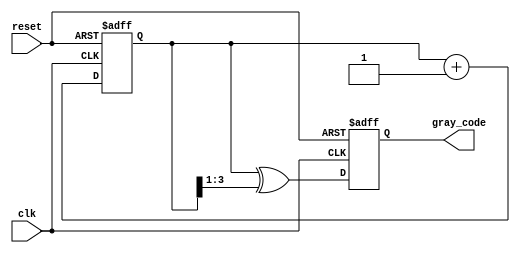
module gray_code_counter #(parameter n = 4) (
    input wire clk,
    input wire reset,
    output reg [n-1:0] gray_code
);

    // Internal binary counter
    reg [n-1:0] binary_counter;

    // Always block for synchronous operation
    always @(posedge clk or posedge reset) begin
        if (reset) begin
            // Initialize both binary counter and gray code to zero
            binary_counter <= 0;
            gray_code <= 0;
        end else begin
            // Increment binary counter
            binary_counter <= binary_counter + 1;
            // Convert binary to Gray code
            gray_code <= binary_counter ^ (binary_counter >> 1);
        end
    end

endmodule